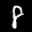
Label: 8